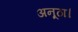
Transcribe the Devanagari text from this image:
अनूठा।